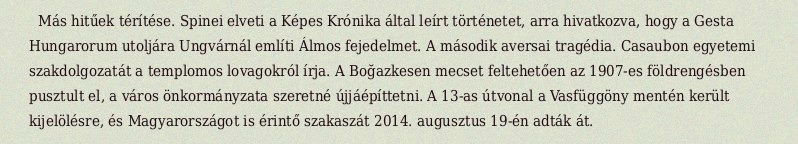
Más hitűek térítése. Spinei elveti a Képes Krónika által leírt történetet, arra hivatkozva, hogy a Gesta Hungarorum utoljára Ungvárnál említi Álmos fejedelmet. A második aversai tragédia. Casaubon egyetemi szakdolgozatát a templomos lovagokról írja. A Boğazkesen mecset feltehetően az 1907-es földrengésben pusztult el, a város önkormányzata szeretné újjáépíttetni. A 13-as útvonal a Vasfüggöny mentén került kijelölésre, és Magyarországot is érintő szakaszát 2014. augusztus 19-én adták át.